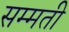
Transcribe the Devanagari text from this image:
सम्मती